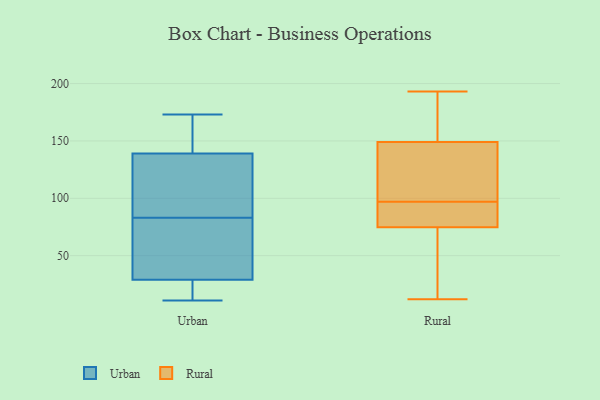
{"axis": {"x": "Shipments", "y": "Value"}, "legend": ["Rural", "Urban"], "data": [{"x": "", "y": 54, "type": "Urban"}, {"x": "", "y": 54, "type": "Urban"}, {"x": "", "y": 39, "type": "Urban"}, {"x": "", "y": 145, "type": "Urban"}, {"x": "", "y": 173, "type": "Urban"}, {"x": "", "y": 133, "type": "Urban"}, {"x": "", "y": 13, "type": "Urban"}, {"x": "", "y": 151, "type": "Urban"}, {"x": "", "y": 11, "type": "Urban"}, {"x": "", "y": 112, "type": "Urban"}, {"x": "", "y": 133, "type": "Urban"}, {"x": "", "y": 19, "type": "Urban"}, {"x": "", "y": 38, "type": "Rural"}, {"x": "", "y": 68, "type": "Rural"}, {"x": "", "y": 95, "type": "Rural"}, {"x": "", "y": 124, "type": "Rural"}, {"x": "", "y": 92, "type": "Rural"}, {"x": "", "y": 161, "type": "Rural"}, {"x": "", "y": 145, "type": "Rural"}, {"x": "", "y": 193, "type": "Rural"}, {"x": "", "y": 77, "type": "Rural"}, {"x": "", "y": 12, "type": "Rural"}, {"x": "", "y": 111, "type": "Rural"}, {"x": "", "y": 192, "type": "Rural"}, {"x": "", "y": 179, "type": "Rural"}, {"x": "", "y": 22, "type": "Rural"}, {"x": "", "y": 116, "type": "Rural"}, {"x": "", "y": 97, "type": "Rural"}, {"x": "", "y": 88, "type": "Rural"}]}